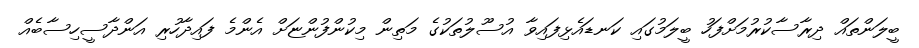
ބީލަންތައް ދިރާސާކުރުމަށްފަހު ބީލަމުގައި ކަނޑައެޅިފައިވާ އުސޫލުތަކުގެ މަތިން މިކުންފުންޏަށް އެންމެ ފައިދާހުރި އަންދާސީހިސާބެއް